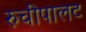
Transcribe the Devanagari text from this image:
रुचीपालट